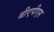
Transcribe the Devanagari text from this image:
बीएपीएस